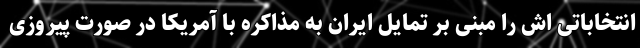
انتخاباتی اش را مبنی بر تمایل ایران به مذاکره با آمریکا در صورت پیروزی